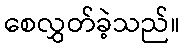
စေလွှတ်ခဲ့သည်။